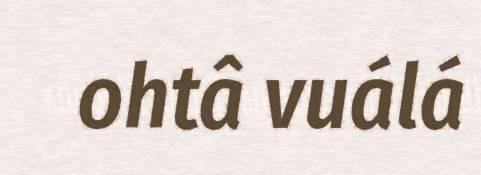
ohtâ vuálá